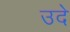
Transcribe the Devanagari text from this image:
उदे